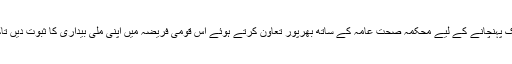
انہوں نے میڈیا سے خصوصی درخواست کی کہ یہ پیغام تمام لوگوں تک پہنچانے کے لیے محکمہ صحت عامہ کے ساتھ بھرپور تعاون کرتے ہوئے اس قومی فریضہ میں اپنی ملی بیداری کا ثبوت دیں تاکہ آزادکشمیر سے پولیس جیسی موذی مرض کا مکمل خاتمہ ہو سکے۔